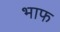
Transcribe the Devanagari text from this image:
भाफ